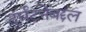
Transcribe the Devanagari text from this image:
दुर्घटनेबद्दल